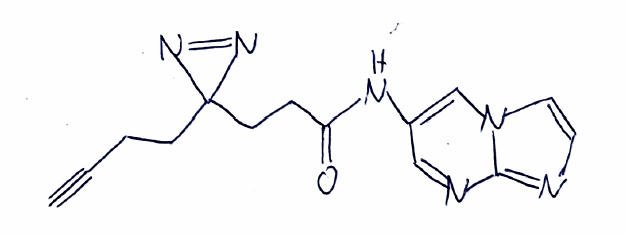
Simplified molecular-input line-entry system (SMILES) notation of the given molecule:
C#CCCC1(N=N1)CCC(=O)NC2=CN3C=CN=C3N=C2